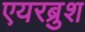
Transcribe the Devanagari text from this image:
एयरब्रुश